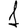
Digit: 1